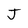
Character: J